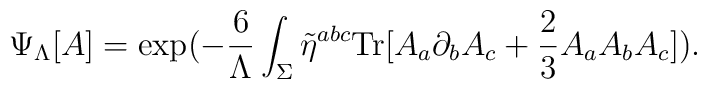
\Psi_{\Lambda}[A] = \mbox{exp} (-\frac{6}{\Lambda}\int_\Sigma\tilde{\eta}^{abc} \mbox{Tr}[A_a\partial_b A_c + \frac{2}{3} A_a A_b A_c]).